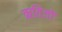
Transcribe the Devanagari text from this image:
ऋतिजों